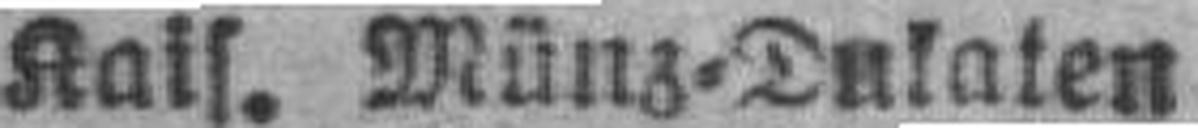
Kais. Münz=Dulaten